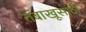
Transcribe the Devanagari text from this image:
तंबाखूसाठी